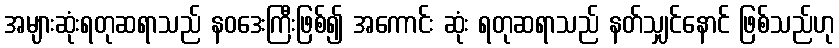
အများဆုံးရတုဆရာသည် နဝဒေးကြီးဖြစ်၍ အကောင်း ဆုံး ရတုဆရာသည် နတ်သျှင်နောင် ဖြစ်သည်ဟု